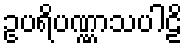
ဥပရိပဏ္ဏာသပါဠိ